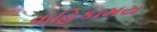
વાહિકામય